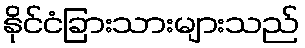
နိုင်ငံခြားသားများသည်